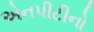
એનપીટીનો